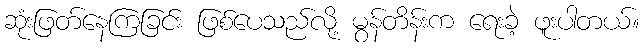
ဆုံးဖြတ်နေကြခြင်း ဖြစ်ပေသည်လို့ မွန်တိန်းက ရေးခဲ့ ဖူးပါတယ်။